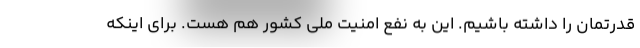
قدرتمان را داشته باشیم. این به نفع امنیت ملی کشور هم هست. برای اینکه